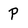
Character: P